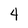
Character: 4